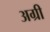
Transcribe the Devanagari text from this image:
अग्री